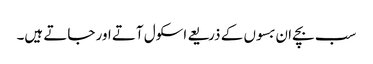
سب بچے ان بسوں کے ذریعے اسکول آتے اور جاتے ہیں۔